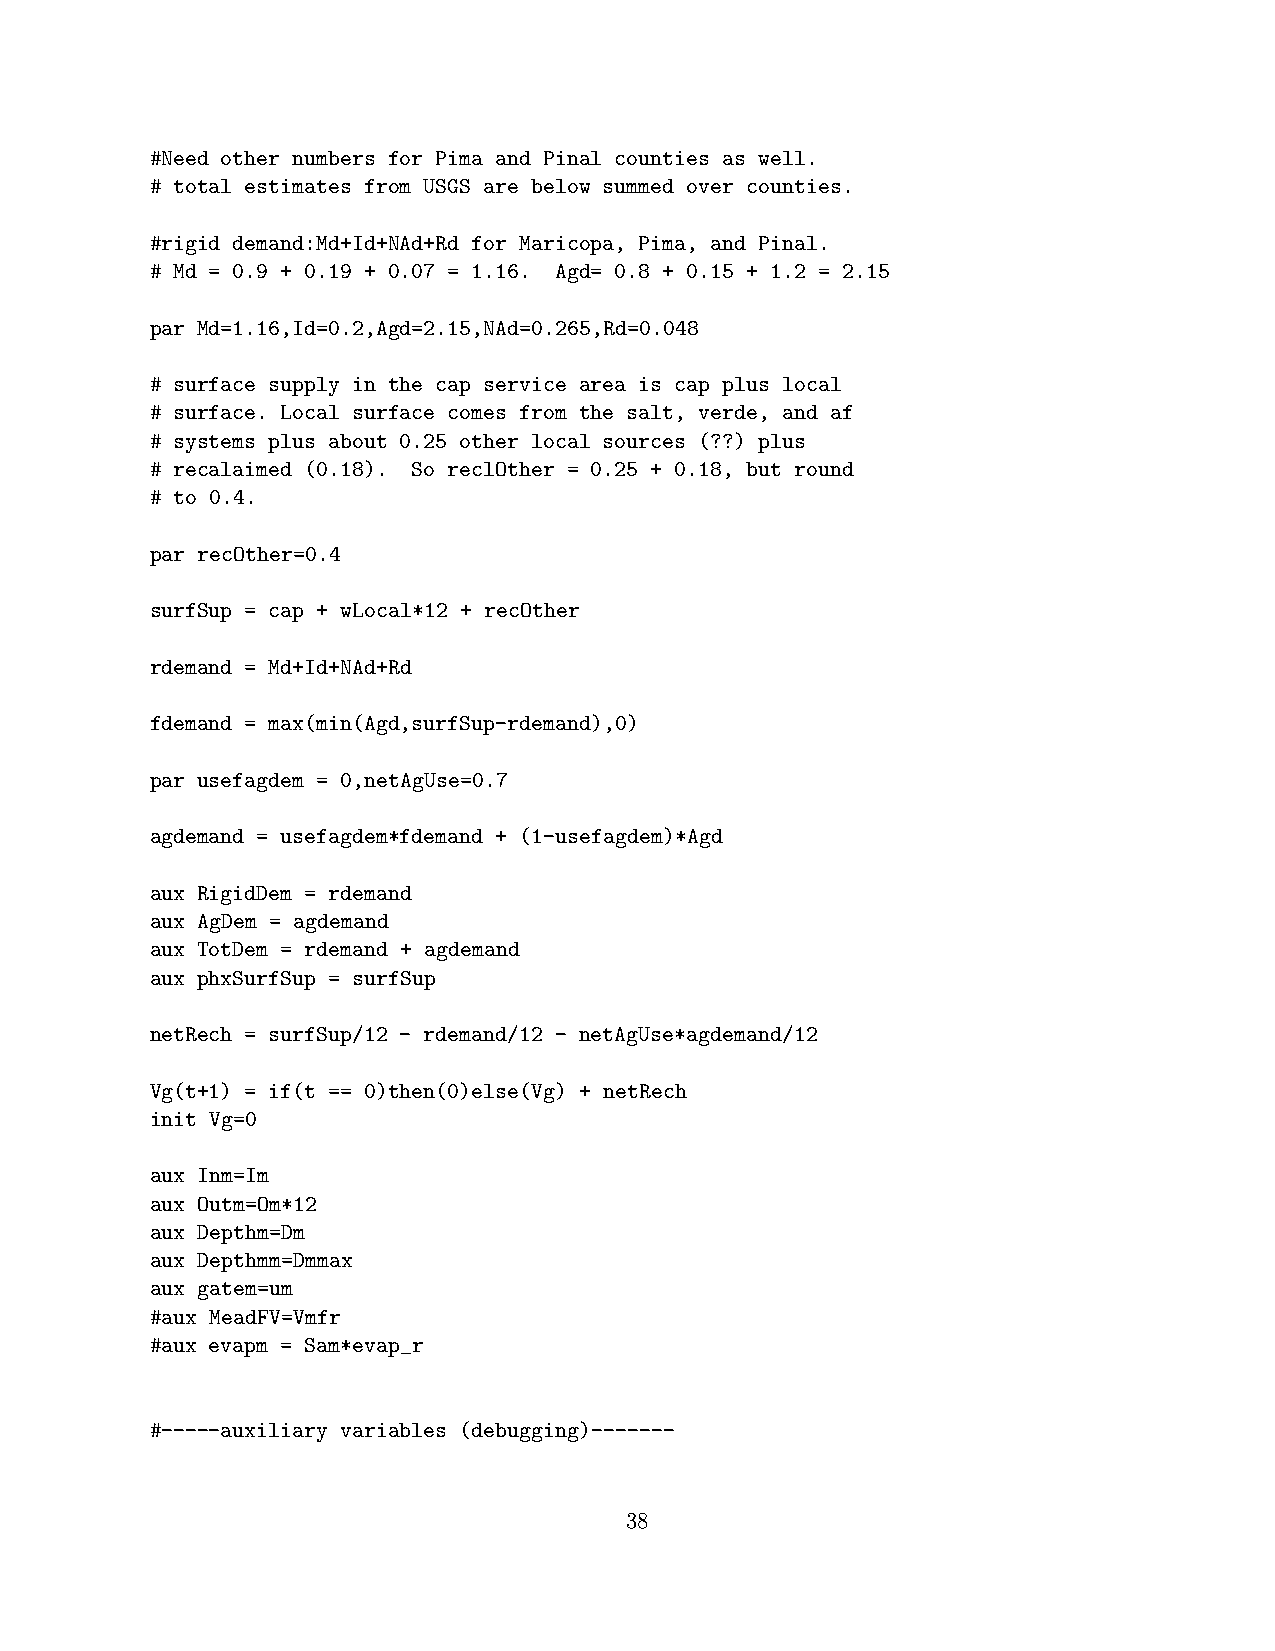
#Need other numbers for Pima and Pinal counties as well.
 # total estimates from USGS are below summed over counties.
 #rigid demand:Md+Id+NAd+Rd for Maricopa, Pima, and Pinal.
 # Md = 0.9 + 0.19 + 0.07 = 1.16. Agd= 0.8 + 0.15 + 1.2 = 2.15
 par Md=1.16,Id=0.2,Agd=2.15,NAd=0.265,Rd=0.048
 # surface supply in the cap service area is cap plus local
 # surface. Local surface comes from the salt, verde, and af
 # systems plus about 0.25 other local sources (??) plus
 # recalaimed (0.18). So reclOther = 0.25 + 0.18, but round
 # to 0.4.
 par recOther=0.4
 surfSup = cap + wLocal*12 + recOther
 rdemand = Md+Id+NAd+Rd
 fdemand = max(min(Agd,surfSup-rdemand),0)
 par usefagdem = 0,netAgUse=0.7
 agdemand = usefagdem*fdemand + (1-usefagdem)*Agd
 aux RigidDem = rdemand
 aux AgDem = agdemand
 aux TotDem = rdemand + agdemand
 aux phxSurfSup = surfSup
 netRech = surfSup/12 - rdemand/12 - netAgUse*agdemand/12
 Vg(t+1) = if(t == 0)then(0)else(Vg) + netRech
 init Vg=0
 aux Inm=Im
 aux Outm=Om*12
 aux Depthm=Dm
 aux Depthmm=Dmmax
 aux gatem=um
 #aux MeadFV=Vmfr
 #aux evapm = Sam*evap_r
 #-----auxiliary variables (debugging)-------
 38